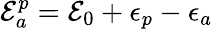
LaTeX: {\cal E}_{a}^{p}={\cal E}_{0}+\epsilon_{p}-\epsilon_{a}